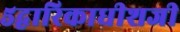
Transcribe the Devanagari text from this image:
५द्वारिकाधीशजी